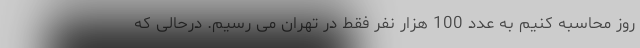
روز محاسبه کنیم به عدد 100 هزار نفر فقط در تهران می رسیم. درحالی که